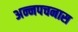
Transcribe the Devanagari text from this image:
अन्नपचनास